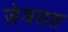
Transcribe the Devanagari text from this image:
जे़वरात